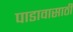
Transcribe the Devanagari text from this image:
पाडावासाठी